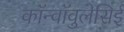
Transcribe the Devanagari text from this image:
कॉन्वॉवुलेसिई